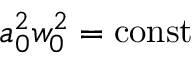
a _ { 0 } ^ { 2 } w _ { 0 } ^ { 2 } = \mathrm { c o n s t }